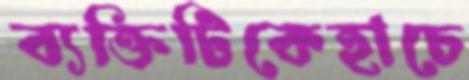
ব্যক্তিটিকেহাচে